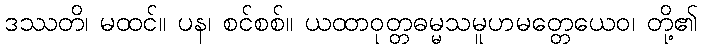
ဒဿတိ၊ မထင်။ ပန၊ စင်စစ်။ ယထာဝုတ္တဓမ္မသမူဟမတ္တေယေဝ၊ တို့၏